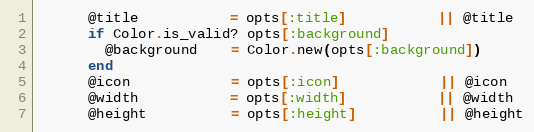
Language: Ruby
      @title           = opts[:title]           || @title
      if Color.is_valid? opts[:background]
        @background    = Color.new(opts[:background])
      end
      @icon            = opts[:icon]            || @icon
      @width           = opts[:width]           || @width
      @height          = opts[:height]          || @height